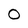
Character: O